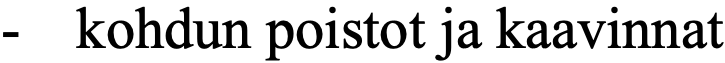
-  kohdun poistot ja kaavinnat